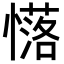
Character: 𢣅